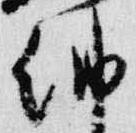
納